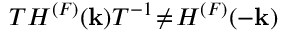
{ \cal T } H ^ { ( F ) } ( { \bf k } ) { \cal T } ^ { - 1 } \! \neq \! H ^ { ( F ) } ( - { \bf k } )